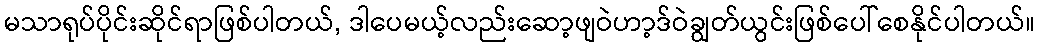
မသာရုပ်ပိုင်းဆိုင်ရာဖြစ်ပါတယ်, ဒါပေမယ့်လည်းဆော့ဖျဝဲဟာ့ဒ်ဝဲချွတ်ယွင်းဖြစ်ပေါ်စေနိုင်ပါတယ်။